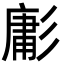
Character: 㣑